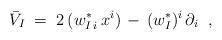
LaTeX: \begin{align*}\bar{V}_I \;=\; 2\, (w^*_{I\,i} \, x^i) \,-\, (w_I^*)^i \, \partial_i \;\;,\end{align*}